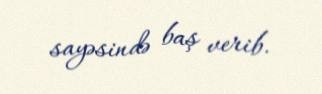
sayəsində baş verib.